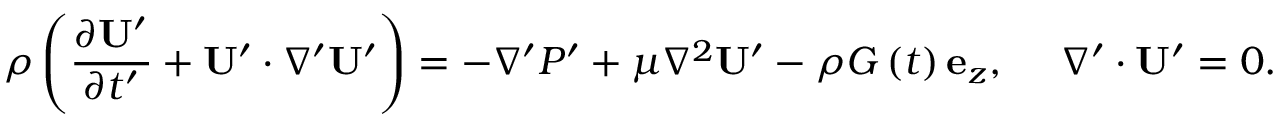
\rho \left( \frac { \partial \mathbf { U } ^ { \prime } } { \partial t ^ { \prime } } + \mathbf { U ^ { \prime } } \cdot \nabla ^ { \prime } \mathbf { U ^ { \prime } } \right) = - \nabla ^ { \prime } P ^ { \prime } + \mu \nabla ^ { 2 } \mathbf { U ^ { \prime } } - \rho G \left( t \right) \mathbf { e } _ { z } , \ \ \ \ \nabla ^ { \prime } \cdot \mathbf { U ^ { \prime } } = 0 .